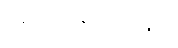
ရေးသားကြသည်